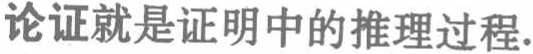
论证就是证明中的推理过程.